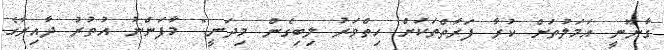
ގާނޫނީ އަމަލުތަށް ކުރާ ފަރާތްތަކަށް ހިތްވަރު ލިބިގެން މިދަނީ." މާފަންނު އުތުރު ދާއިރާގެ